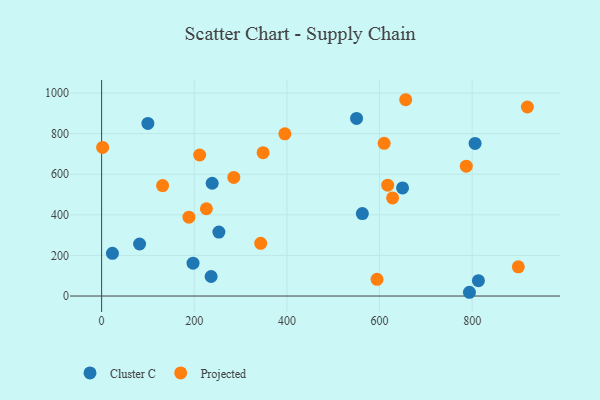
{"axis": {"x": "Distance", "y": "Rating"}, "legend": ["Cluster C", "Projected"], "data": [{"x": "236.4", "y": 96.3, "type": "Cluster C"}, {"x": "253.2", "y": 315.0, "type": "Cluster C"}, {"x": "649.7", "y": 532.5, "type": "Cluster C"}, {"x": "794.1", "y": 18.5, "type": "Cluster C"}, {"x": "562.9", "y": 406.2, "type": "Cluster C"}, {"x": "197.4", "y": 161.9, "type": "Cluster C"}, {"x": "806.3", "y": 752.1, "type": "Cluster C"}, {"x": "23.4", "y": 210.3, "type": "Cluster C"}, {"x": "813.5", "y": 75.6, "type": "Cluster C"}, {"x": "238.7", "y": 555.6, "type": "Cluster C"}, {"x": "82.0", "y": 256.4, "type": "Cluster C"}, {"x": "550.4", "y": 874.9, "type": "Cluster C"}, {"x": "99.9", "y": 850.6, "type": "Cluster C"}, {"x": "899.6", "y": 144.0, "type": "Projected"}, {"x": "348.7", "y": 706.5, "type": "Projected"}, {"x": "617.7", "y": 546.2, "type": "Projected"}, {"x": "188.5", "y": 388.4, "type": "Projected"}, {"x": "285.4", "y": 584.4, "type": "Projected"}, {"x": "628.2", "y": 483.6, "type": "Projected"}, {"x": "594.6", "y": 82.2, "type": "Projected"}, {"x": "131.7", "y": 544.4, "type": "Projected"}, {"x": "919.2", "y": 931.3, "type": "Projected"}, {"x": "211.7", "y": 694.9, "type": "Projected"}, {"x": "343.5", "y": 259.8, "type": "Projected"}, {"x": "787.3", "y": 639.8, "type": "Projected"}, {"x": "2.2", "y": 732.4, "type": "Projected"}, {"x": "656.5", "y": 967.2, "type": "Projected"}, {"x": "395.7", "y": 799.1, "type": "Projected"}, {"x": "610.0", "y": 752.5, "type": "Projected"}, {"x": "226.2", "y": 430.0, "type": "Projected"}]}